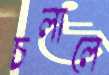
চলালে